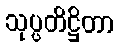
သုပ္ပတိဋ္ဌိတာ